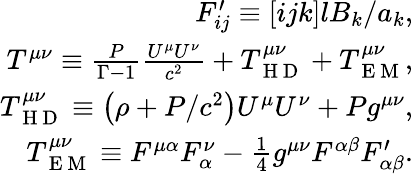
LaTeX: \begin{array}{r}{F_{ij}^{\prime}\equiv[ijk]lB_{k}/a_{k},}\\ {T^{\mu\nu}\equiv\frac{P}{\Gamma-1}\frac{U^{\mu}U^{\nu}}{c^{2}}+T_{\mathrm{~H~D~}}^{\mu\nu}+T_{\mathrm{~E~M~}}^{\mu\nu},}\\ {T_{\mathrm{~H~D~}}^{\mu\nu}\equiv\left(\rho+P/c^{2}\right)U^{\mu}U^{\nu}+Pg^{\mu\nu},}\\ {T_{\mathrm{~E~M~}}^{\mu\nu}\equiv F^{\mu\alpha}F_{\alpha}^{\nu}-\frac{1}{4}g^{\mu\nu}F^{\alpha\beta}F_{\alpha\beta}^{\prime}.}\end{array}